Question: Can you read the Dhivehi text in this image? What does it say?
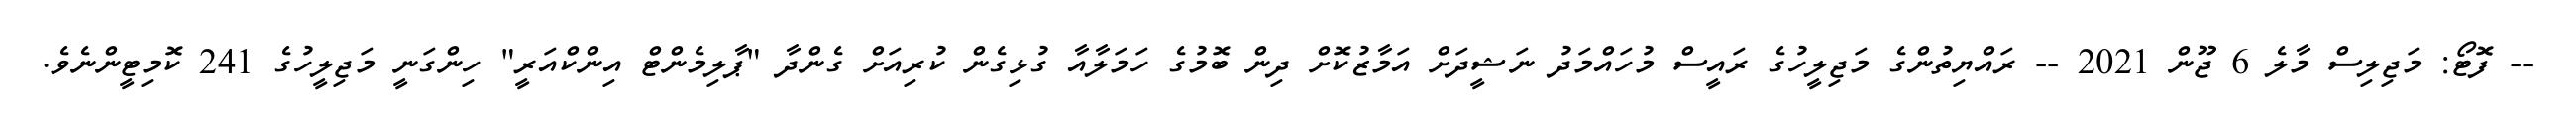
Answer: -- ފޮޓޯ: މަޖިލިސް މާލެ 6 ޖޫން 2021 -- ރައްޔިތުންގެ މަޖިލީހުގެ ރައީސް މުހައްމަދު ނަޝީދަށް އަމާޒުކޮށް ދިން ބޮމުގެ ހަމަލާއާ ގުޅިގެން ކުރިއަށް ގެންދާ "ޕާލިމެންޓް އިންކްއަރީ" ހިންގަނީ މަޖިލީހުގެ 241 ކޮމިޓީންނެވެ.